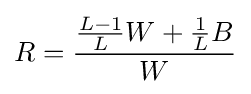
R={\frac {{\frac {L-1}{L}}W+{\frac {1}{L}}B}{W}}